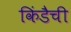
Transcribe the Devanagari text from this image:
किंडैची